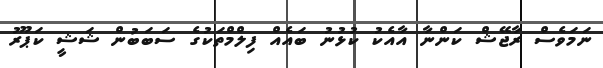
ނަމަވެސް ރާޖޭޝް ކަންނާ އާއެކު ކުޅުނު ބައެއް ފިލްމްތަކުގެ ސަބަބުން ޝަޝީ ކަޕޫރު